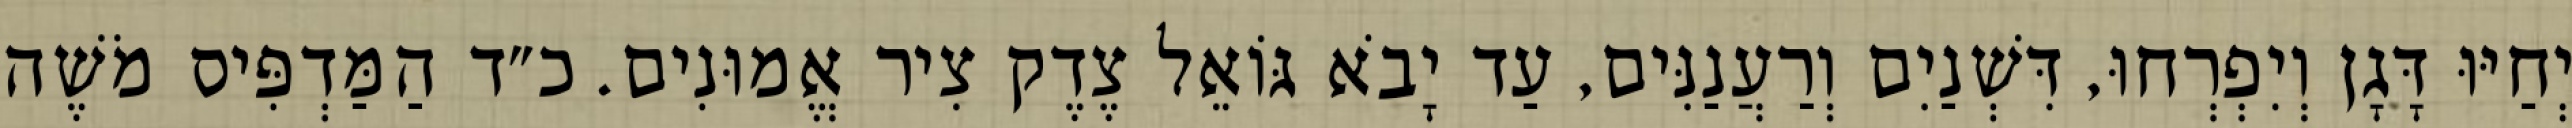
יְחַיּוּ דָּגָן וְיִפְרְחוּ, דִּשְׁנַיִם וְרַעֲנַנִּים, עַד יָבֹא גּוֹאֵל צֶדֶק צִיר אֱמוּנִים. כ״ד הַמַּדְפִּיס מֹשֶׁה